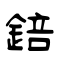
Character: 錇